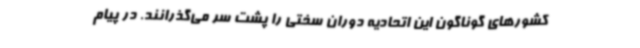
کشورهای گوناگون این اتحادیه دوران سختی را پشت سر می‌گذرانند. در پیام